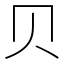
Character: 贝